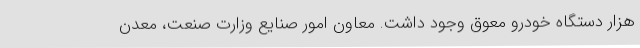
هزار دستگاه خودرو معوق وجود داشت. معاون امور صنایع وزارت صنعت، معدن